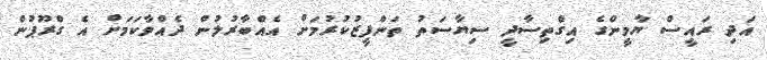
އަދި ރައީސް ޔާމީންގެ އިގްތިސާދީ ސިޔާސަތު ތަންފީޒުކުރުމަށް އެއްބާރުލުން ދެއްވާކަމަށް އެ ގްރޫޕުން